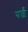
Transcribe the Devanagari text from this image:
पर्छ